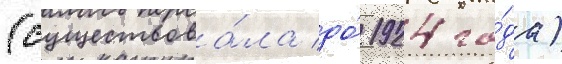
(существова́ла до́ 1924 го́да)